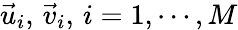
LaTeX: \vec{u}_{i},\, \vec{v}_{i},\, i=1,\cdots,M